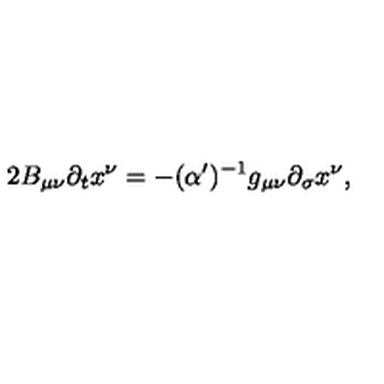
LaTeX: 2 B _ { \mu \nu } \partial _ { t } x ^ { \nu } = - ( \alpha ^ { \prime } ) ^ { - 1 } g _ { \mu \nu } \partial _ { \sigma } x ^ { \nu } ,